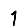
Digit: 1